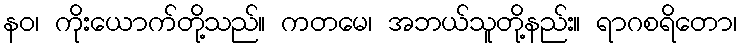
နဝ၊ ကိုးယောက်တို့သည်။ ကတမေ၊ အဘယ်သူတို့နည်း။ ရာဂစရိတော၊